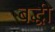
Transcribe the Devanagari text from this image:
बद्धी